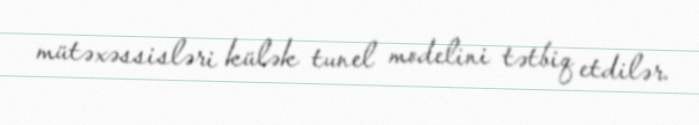
mütəxəssisləri külək tunel modelini tətbiq etdilər.